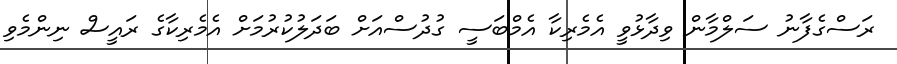
ރަސްގެފާނު ސަލްމާން ވިދާޅުވީ އެމެރިކާ އެމްބަސީ ގުދުސްއަށް ބަދަލުކުރުމަށް އެމެރިކާގެ ރައީސް ނިންމެވި